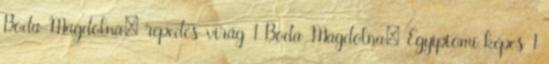
Boda Magdolna: repedés-virág 1 Boda Magdolna: Egyiptomi képes 1